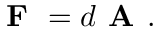
{ \textbf { F } } = d { \textbf { A } } .